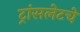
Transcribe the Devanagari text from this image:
ट्रांसलेटचे